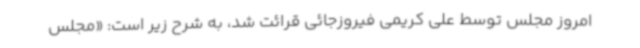
امروز مجلس توسط علی کریمی فیروزجائی قرائت شد، به شرح زیر است: «مجلس